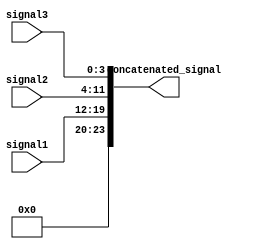
module concatenation_example (
    input [7:0] signal1,
    input [7:0] signal2,
    input [3:0] signal3,
    output [23:0] concatenated_signal
);

assign concatenated_signal = {signal1, signal2, signal3};

endmodule